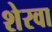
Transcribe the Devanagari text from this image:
शेरवा